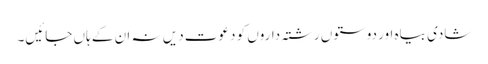
شادی بیاہ اور دوستوں رشتہ داروں کو دعوت دیں نہ ان کے ہاں جائیں۔